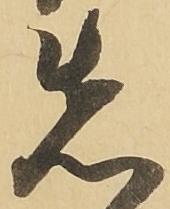
先